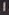
1